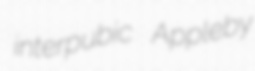
interpubic Appleby